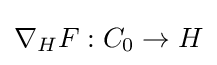
\nabla _{H}F:C_{0}\to H